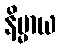
နိမ္မာယ